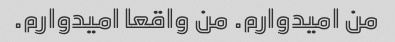
من امیدوارم. من واقعا امیدوارم.